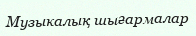
Музыкалық шығармалар